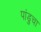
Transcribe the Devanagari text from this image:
पांडुचा